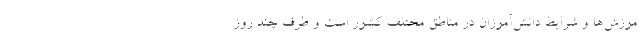
موزش‌ها و شرایط دانش‌آموزان در مناطق مختلف کشور است و ظرف چند روز